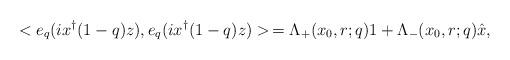
LaTeX: \begin{align*}<e_q(ix^\dagger (1-q)z),e_q(ix^\dagger (1-q)z)>\,=\Lambda_+(x_0,r;q)1+\Lambda_-(x_0,r;q)\hat x,\end{align*}